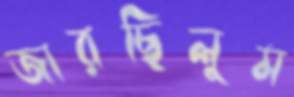
জারছিলুম